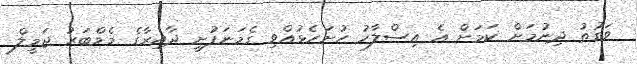
ވަގުތު ދިނުމަށް ކަމަށް އެ އިސްލާހު ހުށަހެޅުއްވި ގެމަނަފުށީ ދާއިރާގެ މެމްބަރު ޖަމީލް